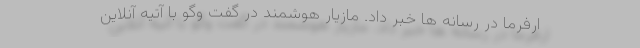
ارفرما در رسانه ها خبر داد. مازیار هوشمند در گفت وگو با آتیه آنلاین